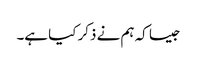
جیسا کہ ہم نے ذکر کیا ہے۔